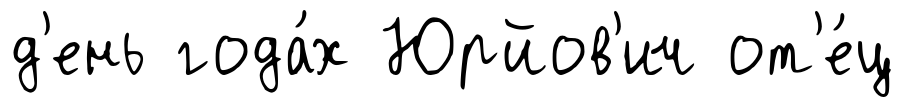
д'ень года́х Юрйов'ич от'е́ц